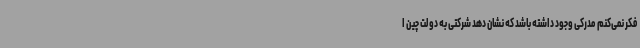
فکر نمی‌کنم مدرکی وجود داشته باشد که نشان دهد شرکتی به دولت چین ا